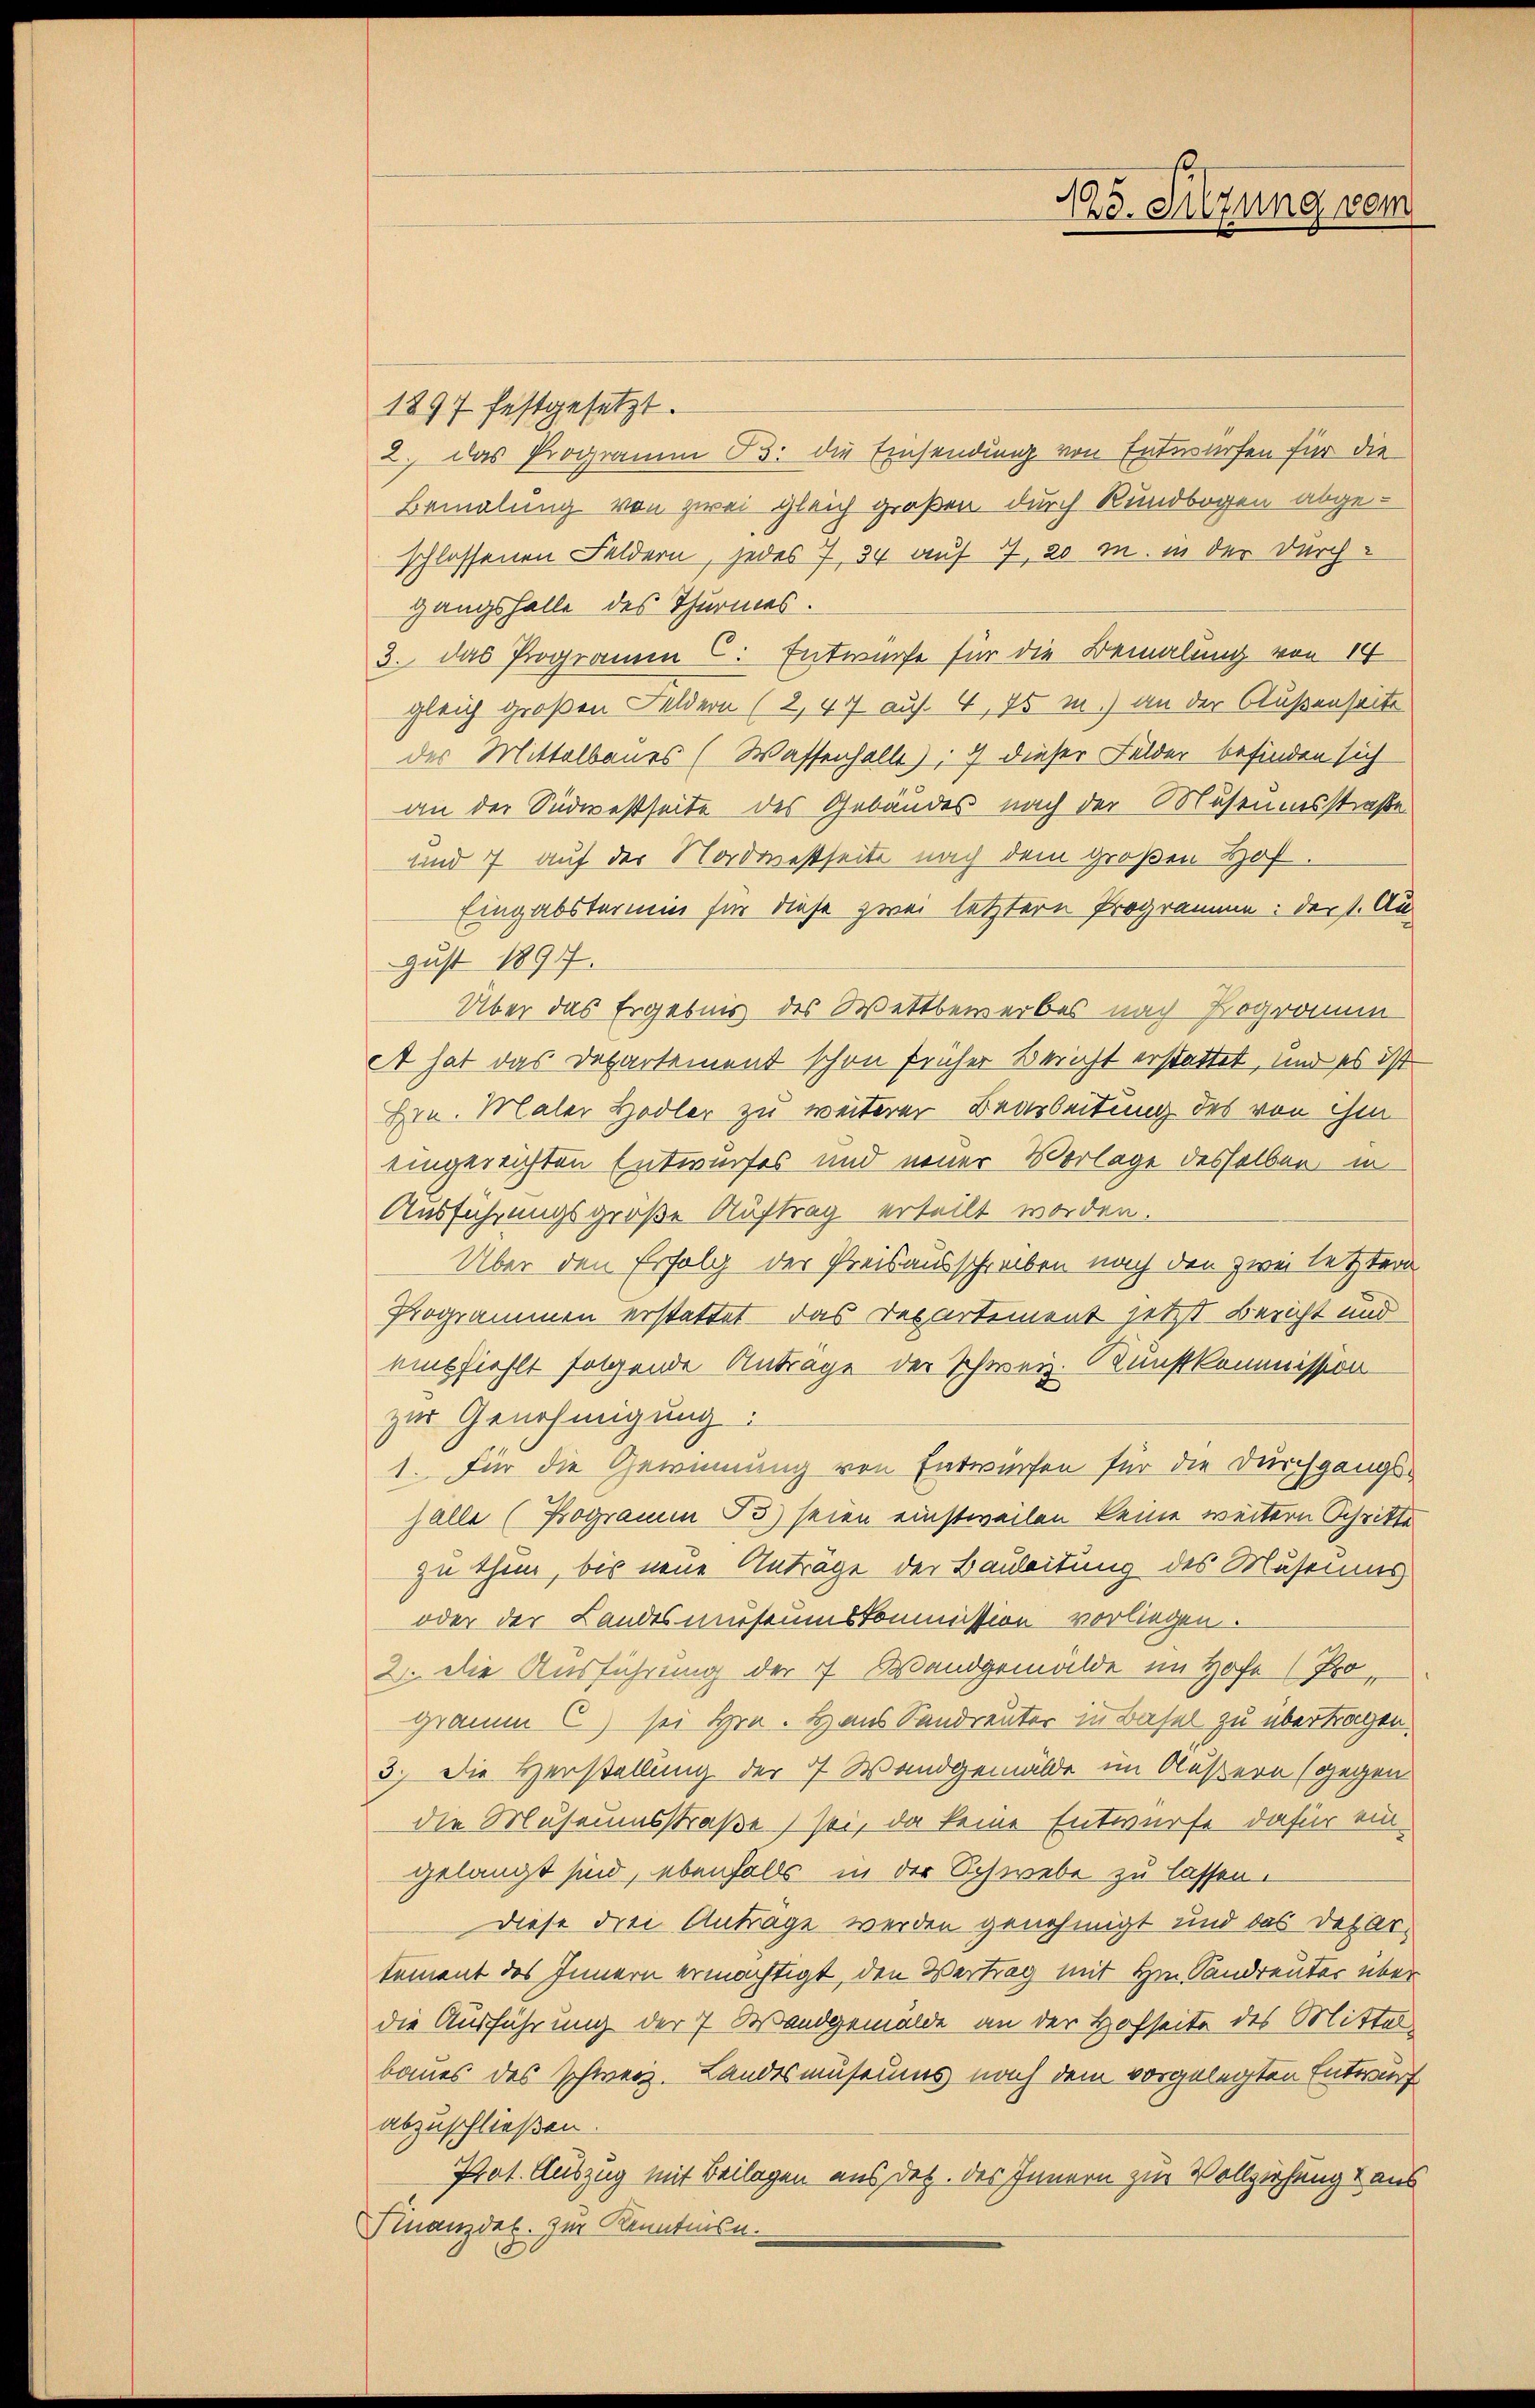
1897 festgesetzt.
2. das Programm 13. die Einsendung von Entwürfen für die
Bemalung von zwei gleich großen durch Rundbogen abgeschlossenen Feldern, jedes 7, 34 auf 7, 20 M. in der Durchgangshalle des Thurmes.
3. Das Programm C: Entwurfe für die Bemalung von 14
gleich großen Feldern (2, 47 auf. 4, 75 m.) an der Außenseite
des Mittelbaues (Wassenhalle); 4) dieser Felder befinden sich
an der Südwestseite des Gebäudes nach der Museumsstraße
und 7 auf der Nordwestseite nach dem großen Hof¬
Eingabstermin für diese zwei letztere Programme: der 1. Au
gust 1897.
Über das Ergebnis des Wettbewerbes nach Bogramm
et hat das Departement schon früher Bericht erstattet, und es ist
Hrn. Maler Hodler zu weiterer Bearbeitung des von ihm
eingereichten Entwurfes und neuer Vorlage desselben in
Ausführungsgroße Auftrag erteilt worden.
Über den Erfolg der Preisausschreiben nach den zwei letztern
Programmen erstattet – das Departement jetzt Bericht und
empfiehlt folgende Antrage der Schweiz. Kunstkommission
zur Genehmigung.
1. Für die Gewinnung von Entwürfen für die Durchgangshalle (Hogramm B3) seien einstweilen keine weitern Schritte
zu thun, bis neue Anträge der Bauleitung des Museums
oder der Landesmuseumskommission vorliegen.
2. Die Ausführung der 7 Wandgemälde im Hofe (Programm C) sei Hrn. Haus Sandreuter in Basel zu übertragen.
3.) Die Herstellung der 77. Wandgemälde im Außern (gegen
die Museumsstraße sei, da keine Entwurfe dafür ein
gelangt sind, ebenfalls in der Schwebe zu lassen.
Diese drei Antrage werden genehmigt und das Departement des Innern ermächtigt, den Vertrag mit Hrn. Sandreuter über
die Ausführung der 7 Wandgemälde an der Hofseite des Mittel
baues des Schweiz. Landesmuseums nach dem vorgelegten Entwurf
abzuschließen.
Prot. Auszug mit Beilagen aus det. des Innern zur Vollziehung aus
Finanzdel. Zur Kenntnisn

.
102
Ehe. Sitzung vom